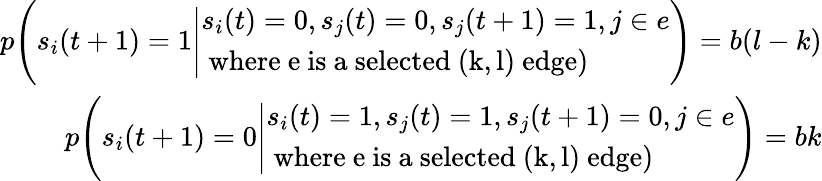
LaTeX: \begin{array}{r}{p\Bigg(s_{i}(t+1)=1\Bigg|\begin{array}{l}{s_{i}(t)=0,s_{j}(t)=0,s_{j}(t+1)=1,j\in e}\\ {\mathrm{~where~e~is~a~selected~(k,l)~edge})}\end{array}\Bigg)=b(l-k)}\\ {p\Bigg(s_{i}(t+1)=0\Bigg|\begin{array}{l}{s_{i}(t)=1,s_{j}(t)=1,s_{j}(t+1)=0,j\in e}\\ {\mathrm{~where~e~is~a~selected~(k,l)~edge})}\end{array}\Bigg)=bk}\end{array}